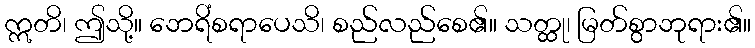
ဣတိ၊ ဤသို့။ ဘေရိံစရာပေသိ၊ စည်လည်စေ၏။ သတ္ထု၊ မြတ်စွာဘုရား၏။